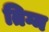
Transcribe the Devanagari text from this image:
तिग्म